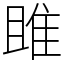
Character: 雎